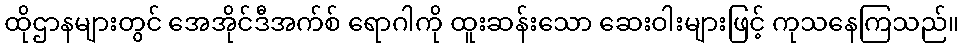
ထိုဌာနများတွင် အေအိုင်ဒီအက်စ် ရောဂါကို ထူးဆန်းသော ဆေးဝါးများဖြင့် ကုသနေကြသည်။